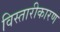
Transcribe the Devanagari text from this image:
विस्तारीकारण